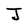
Character: J